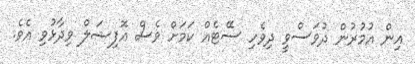
އިން އުމުރުން ދުވަސްވީ ދިވެހި ސޭޓެއް ކަމަށް ވެސް އޮފިޝަލް ވިދާޅުވި އެވެ.